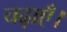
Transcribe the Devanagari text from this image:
चढ़ाएँ।